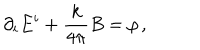
\partial _ { i } E ^ { i } + \frac { k } { 4 \pi } B = \rho \, ,